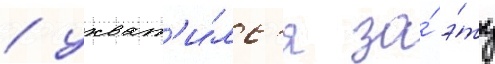
/ ухват'и́лс'я за́ э́ту